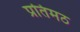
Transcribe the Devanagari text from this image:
प्रतिमठ